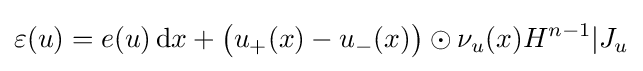
\varepsilon (u)=e(u)\,\mathrm {d} x+{\big (}u_{+}(x)-u_{-}(x){\big )}\odot \nu _{u}(x)H^{n-1}|J_{u}